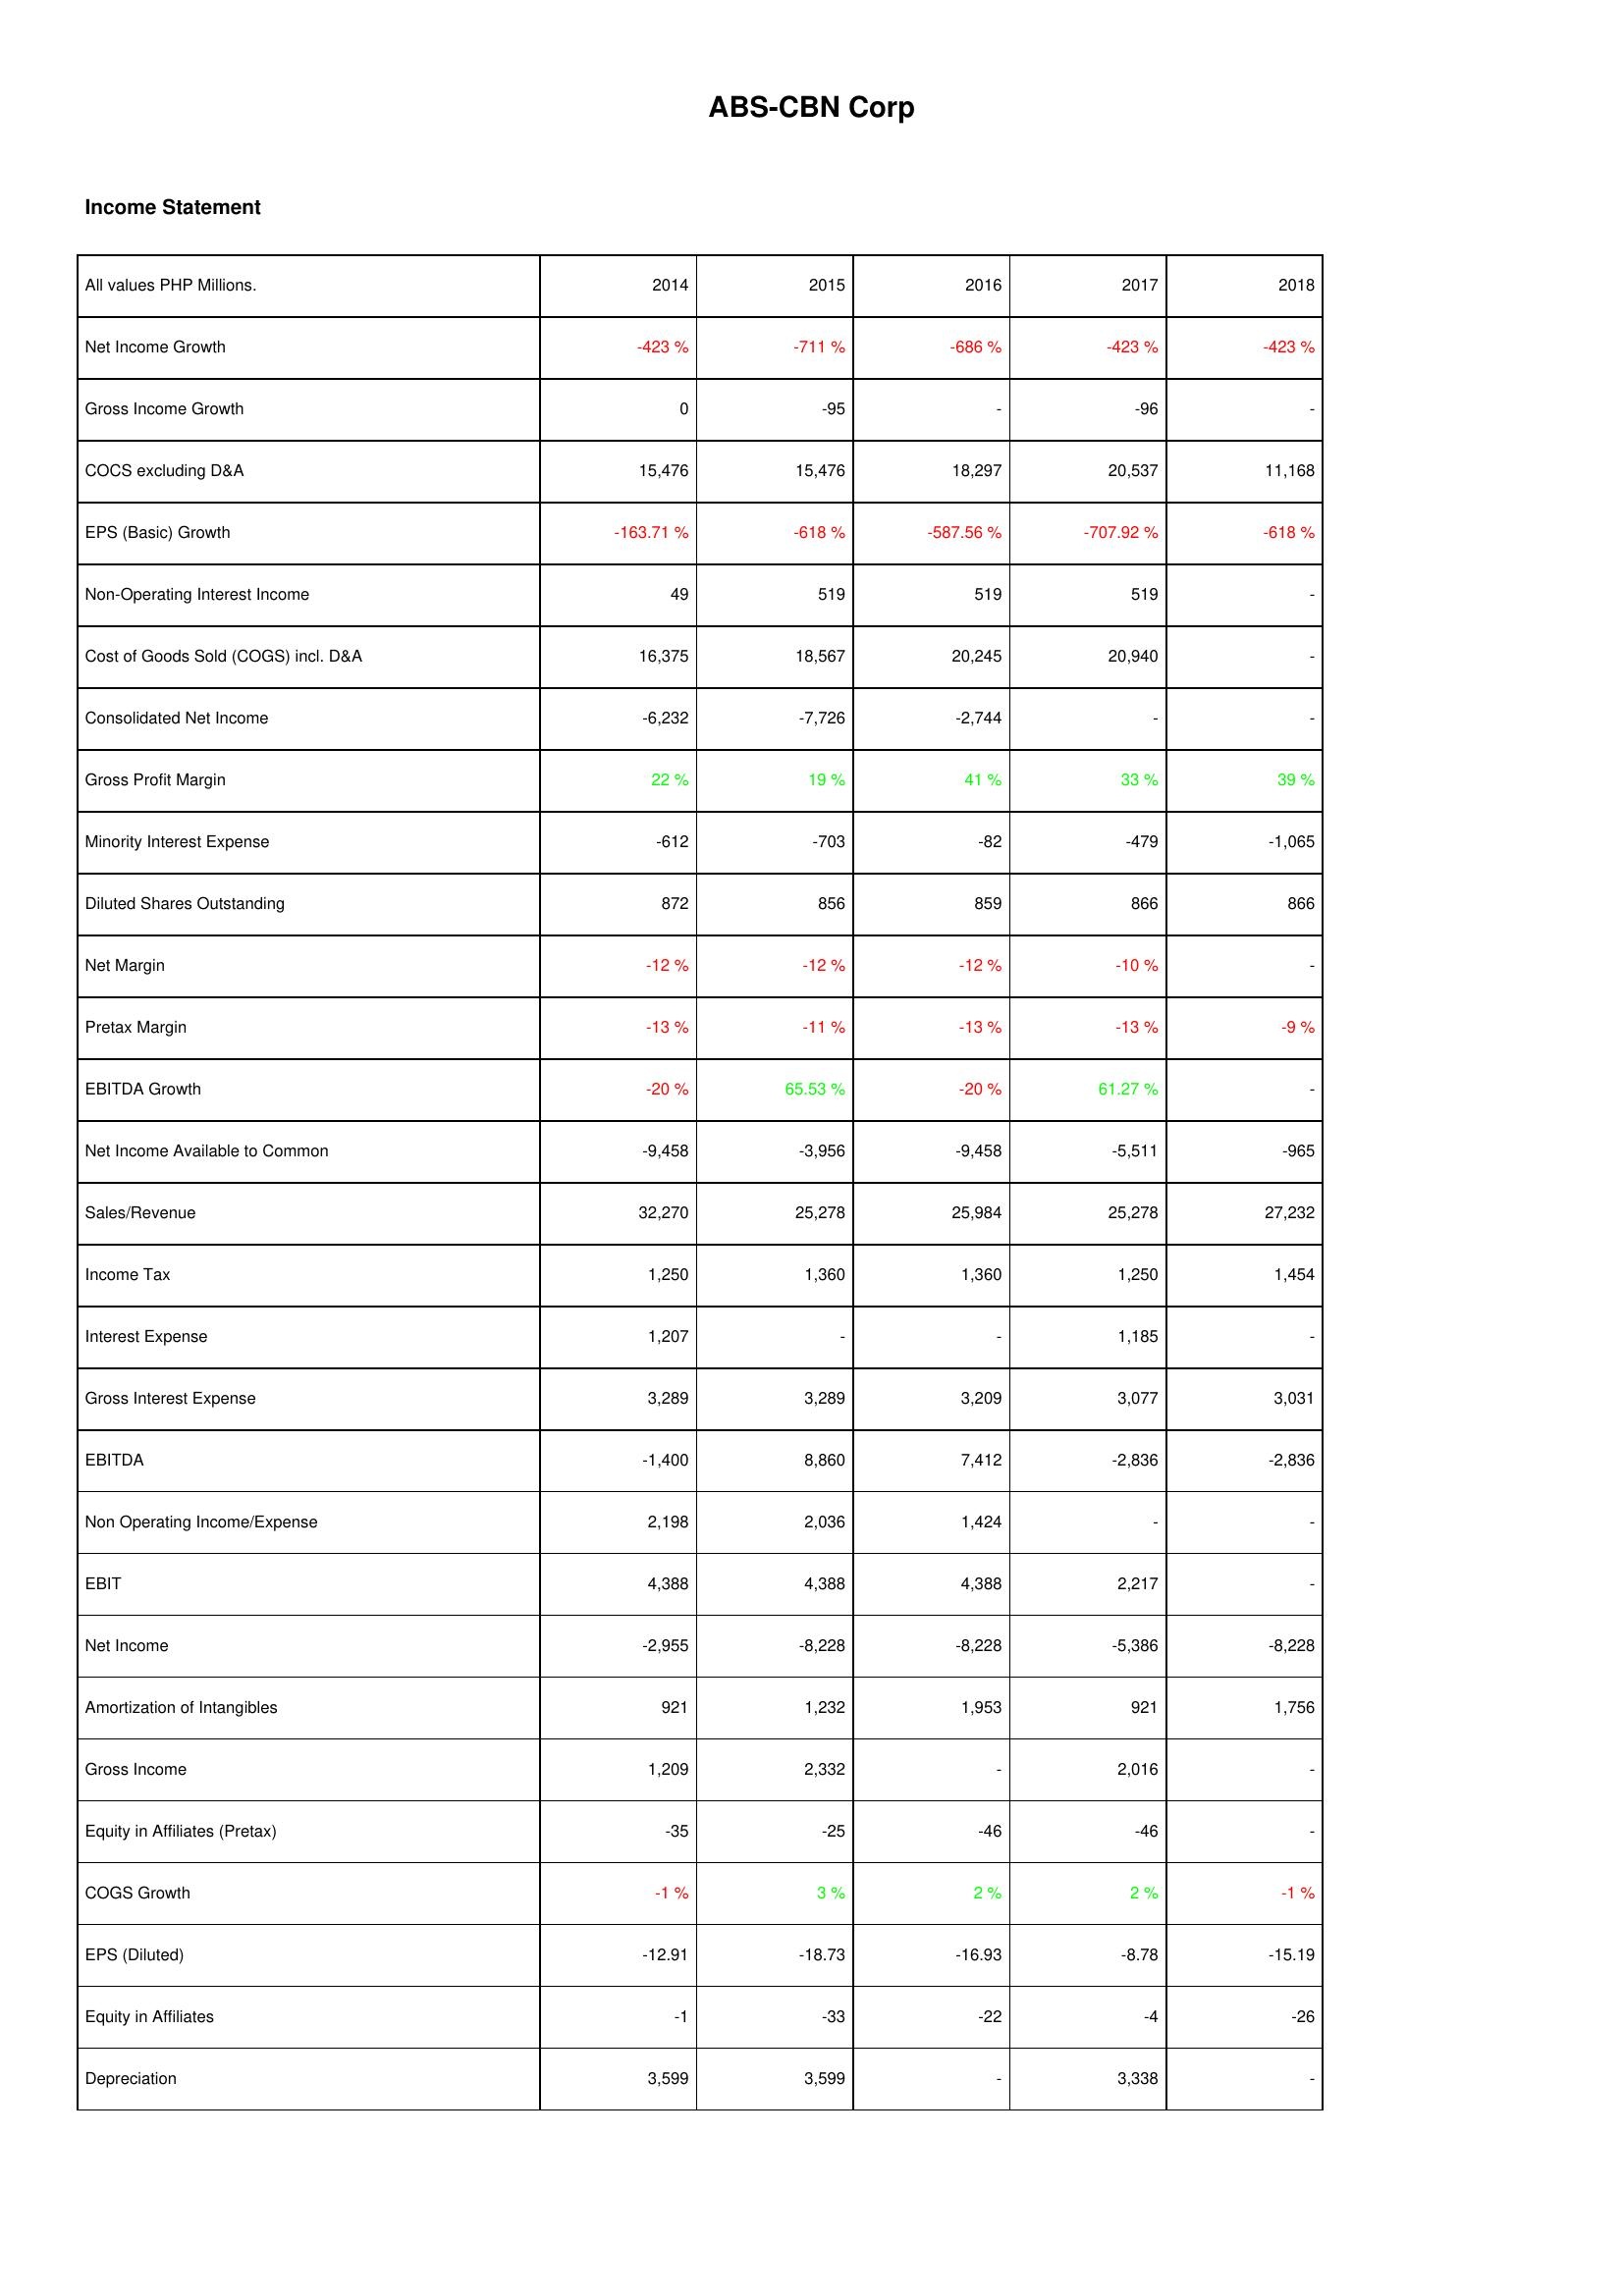
2014: Income Statement: Net Income Growth: -423 %
Gross Income Growth: 0
COCS excluding D&A: 15,476
EPS (Basic) Growth: -163.71 %
Non-Operating Interest Income: 49
Cost of Goods Sold (COGS) incl. D&A: 16,375
Consolidated Net Income: -6,232
Gross Profit Margin: 22 %
Minority Interest Expense: -612
Diluted Shares Outstanding: 872
Net Margin: -12 %
Pretax Margin: -13 %
EBITDA Growth: -20 %
Net Income Available to Common: -9,458
Sales/Revenue: 32,270
Income Tax: 1,250
Interest Expense: 1,207
Gross Interest Expense: 3,289
EBITDA: -1,400
Non Operating Income/Expense: 2,198
EBIT: 4,388
Net Income: -2,955
Amortization of Intangibles: 921
Gross Income: 1,209
Equity in Affiliates (Pretax): -35
COGS Growth: -1 %
EPS (Diluted): -12.91
Equity in Affiliates: -1
Depreciation: 3,599
2015: Income Statement: Net Income Growth: -711 %
Gross Income Growth: -95
COCS excluding D&A: 15,476
EPS (Basic) Growth: -618 %
Non-Operating Interest Income: 519
Cost of Goods Sold (COGS) incl. D&A: 18,567
Consolidated Net Income: -7,726
Gross Profit Margin: 19 %
Minority Interest Expense: -703
Diluted Shares Outstanding: 856
Net Margin: -12 %
Pretax Margin: -11 %
EBITDA Growth: 65.53 %
Net Income Available to Common: -3,956
Sales/Revenue: 25,278
Income Tax: 1,360
Interest Expense: -
Gross Interest Expense: 3,289
EBITDA: 8,860
Non Operating Income/Expense: 2,036
EBIT: 4,388
Net Income: -8,228
Amortization of Intangibles: 1,232
Gross Income: 2,332
Equity in Affiliates (Pretax): -25
COGS Growth: 3 %
EPS (Diluted): -18.73
Equity in Affiliates: -33
Depreciation: 3,599
2016: Income Statement: Net Income Growth: -686 %
Gross Income Growth: -
COCS excluding D&A: 18,297
EPS (Basic) Growth: -587.56 %
Non-Operating Interest Income: 519
Cost of Goods Sold (COGS) incl. D&A: 20,245
Consolidated Net Income: -2,744
Gross Profit Margin: 41 %
Minority Interest Expense: -82
Diluted Shares Outstanding: 859
Net Margin: -12 %
Pretax Margin: -13 %
EBITDA Growth: -20 %
Net Income Available to Common: -9,458
Sales/Revenue: 25,984
Income Tax: 1,360
Interest Expense: -
Gross Interest Expense: 3,209
EBITDA: 7,412
Non Operating Income/Expense: 1,424
EBIT: 4,388
Net Income: -8,228
Amortization of Intangibles: 1,953
Gross Income: -
Equity in Affiliates (Pretax): -46
COGS Growth: 2 %
EPS (Diluted): -16.93
Equity in Affiliates: -22
Depreciation: -
2017: Income Statement: Net Income Growth: -423 %
Gross Income Growth: -96
COCS excluding D&A: 20,537
EPS (Basic) Growth: -707.92 %
Non-Operating Interest Income: 519
Cost of Goods Sold (COGS) incl. D&A: 20,940
Consolidated Net Income: -
Gross Profit Margin: 33 %
Minority Interest Expense: -479
Diluted Shares Outstanding: 866
Net Margin: -10 %
Pretax Margin: -13 %
EBITDA Growth: 61.27 %
Net Income Available to Common: -5,511
Sales/Revenue: 25,278
Income Tax: 1,250
Interest Expense: 1,185
Gross Interest Expense: 3,077
EBITDA: -2,836
Non Operating Income/Expense: -
EBIT: 2,217
Net Income: -5,386
Amortization of Intangibles: 921
Gross Income: 2,016
Equity in Affiliates (Pretax): -46
COGS Growth: 2 %
EPS (Diluted): -8.78
Equity in Affiliates: -4
Depreciation: 3,338
2018: Income Statement: Net Income Growth: -423 %
Gross Income Growth: -
COCS excluding D&A: 11,168
EPS (Basic) Growth: -618 %
Non-Operating Interest Income: -
Cost of Goods Sold (COGS) incl. D&A: -
Consolidated Net Income: -
Gross Profit Margin: 39 %
Minority Interest Expense: -1,065
Diluted Shares Outstanding: 866
Net Margin: -
Pretax Margin: -9 %
EBITDA Growth: -
Net Income Available to Common: -965
Sales/Revenue: 27,232
Income Tax: 1,454
Interest Expense: -
Gross Interest Expense: 3,031
EBITDA: -2,836
Non Operating Income/Expense: -
EBIT: -
Net Income: -8,228
Amortization of Intangibles: 1,756
Gross Income: -
Equity in Affiliates (Pretax): -
COGS Growth: -1 %
EPS (Diluted): -15.19
Equity in Affiliates: -26
Depreciation: -